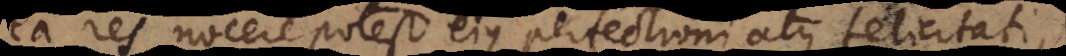
ea res nocere potest ejus perfectioni atque felicitati,